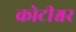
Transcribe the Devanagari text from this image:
कोटीश्वर